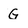
Character: G